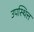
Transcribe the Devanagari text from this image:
उपस्थित्त